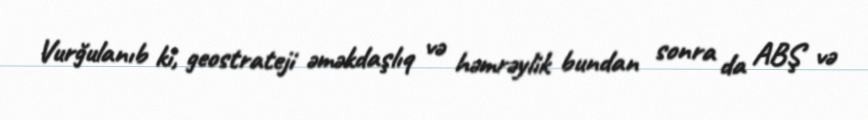
Vurğulanıb ki, geostrateji əməkdaşlıq və həmrəylik bundan sonra da ABŞ və